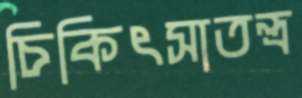
চিকিৎসাতন্ত্র